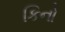
કિનો